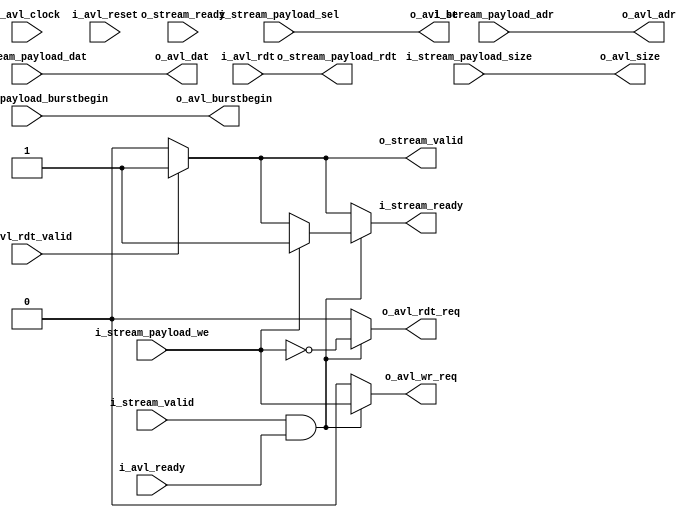
// Generator : SpinalHDL v1.6.4    git head : 598c18959149eb18e5eee5b0aa3eef01ecaa41a1
// Component : AvlStreamAdapter
// Git hash  : 0d73750da08867d712ad142e7a44c2b5ab44ff1b

`timescale 1ns/1ps 

module AvlStreamAdapter (
  input               i_avl_clock,
  input               i_avl_reset,
  output              o_avl_burstbegin,
  output     [7:0]    o_avl_be,
  output     [25:0]   o_avl_adr,
  output     [63:0]   o_avl_dat,
  output reg          o_avl_wr_req,
  output reg          o_avl_rdt_req,
  output     [2:0]    o_avl_size,
  input      [63:0]   i_avl_rdt,
  input               i_avl_ready,
  input               i_avl_rdt_valid,
  output reg          o_stream_valid,
  input               o_stream_ready,
  output     [63:0]   o_stream_payload_rdt,
  input               i_stream_valid,
  output reg          i_stream_ready,
  input               i_stream_payload_we,
  input      [25:0]   i_stream_payload_adr,
  input      [63:0]   i_stream_payload_dat,
  input      [7:0]    i_stream_payload_sel,
  input               i_stream_payload_burstbegin,
  input      [2:0]    i_stream_payload_size
);

  wire                when_AvlStreamAdapter_l67;

  always @(*) begin
    i_stream_ready = 1'b0;
    if(i_avl_rdt_valid) begin
      i_stream_ready = 1'b1;
    end
    if(when_AvlStreamAdapter_l67) begin
      if(i_stream_payload_we) begin
        i_stream_ready = 1'b1;
      end
    end
  end

  assign o_avl_burstbegin = i_stream_payload_burstbegin;
  assign o_avl_be = i_stream_payload_sel;
  assign o_avl_adr = i_stream_payload_adr;
  assign o_avl_dat = i_stream_payload_dat;
  always @(*) begin
    o_avl_wr_req = 1'b0;
    if(when_AvlStreamAdapter_l67) begin
      o_avl_wr_req = i_stream_payload_we;
    end
  end

  always @(*) begin
    o_avl_rdt_req = 1'b0;
    if(when_AvlStreamAdapter_l67) begin
      o_avl_rdt_req = (! i_stream_payload_we);
    end
  end

  assign o_avl_size = i_stream_payload_size;
  always @(*) begin
    o_stream_valid = 1'b0;
    if(i_avl_rdt_valid) begin
      o_stream_valid = 1'b1;
    end
  end

  assign o_stream_payload_rdt = i_avl_rdt;
  assign when_AvlStreamAdapter_l67 = (i_stream_valid && i_avl_ready);

endmodule